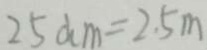
2 5 d m = 2 . 5 m